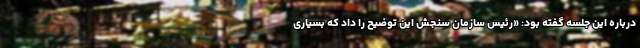
درباره این جلسه گفته بود: «رئیس سازمان سنجش این توضیح را داد که بسیاری